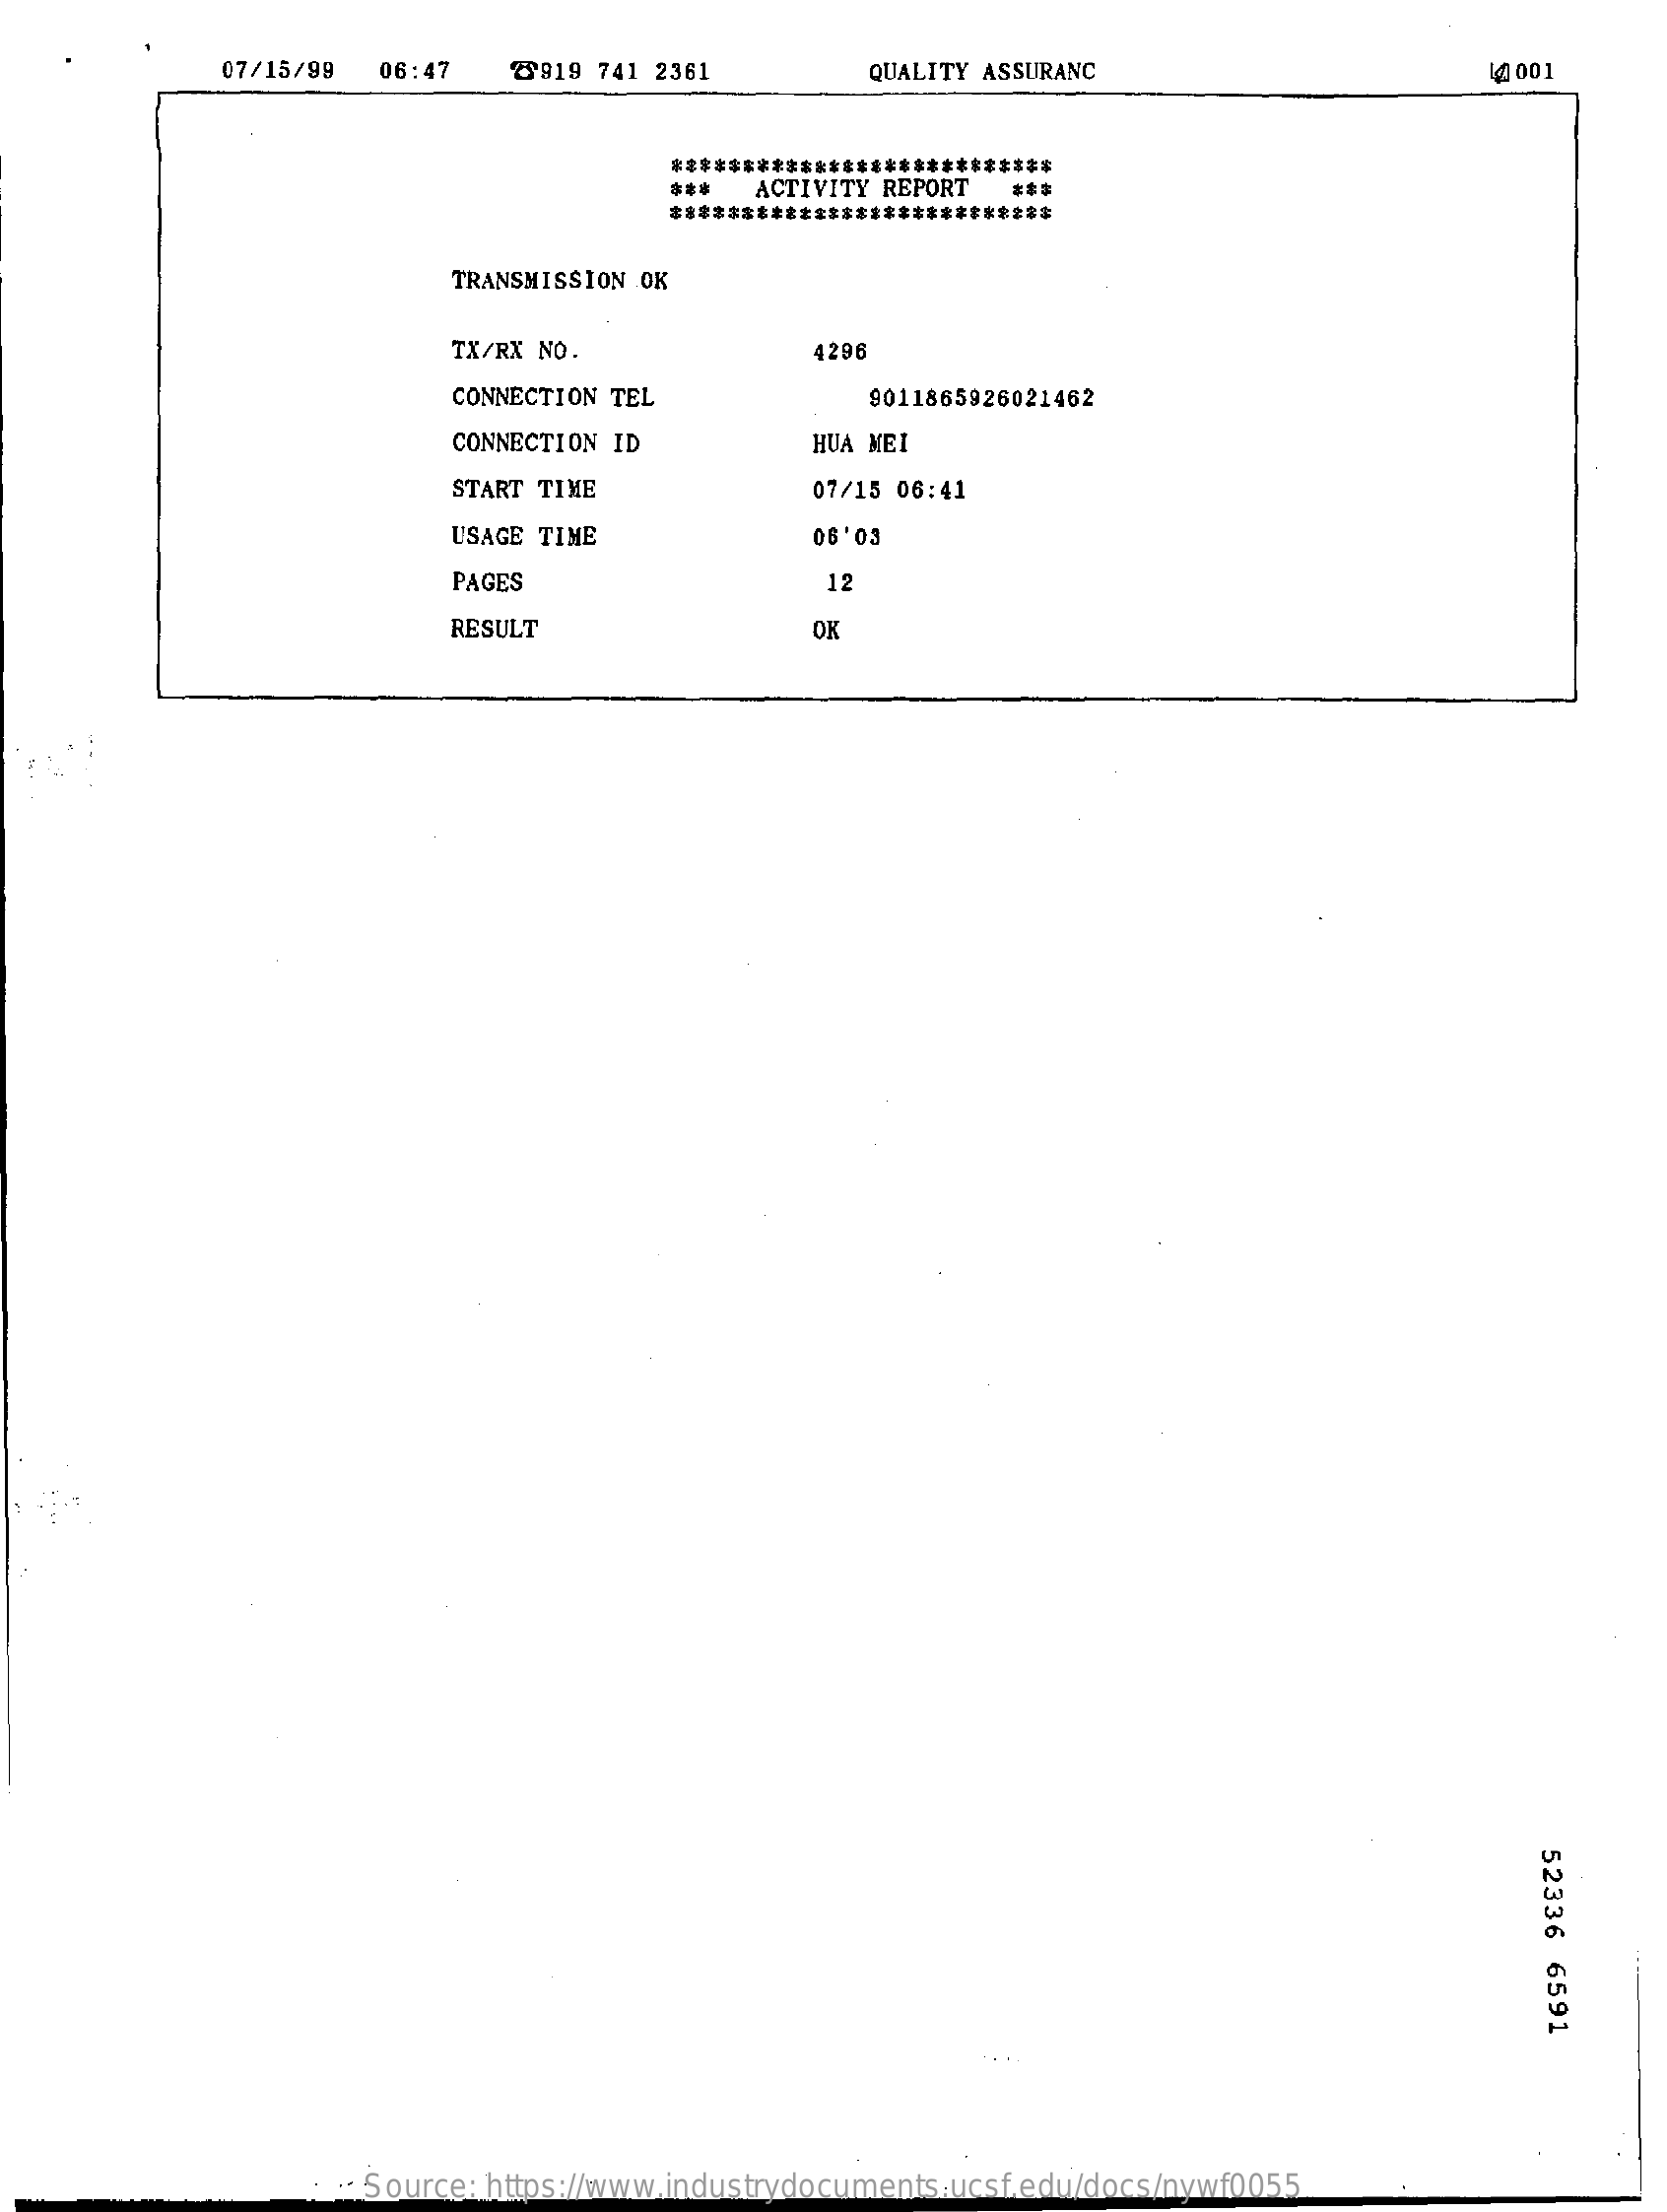
07/15/99  06:47    2919 741 2361    QUALITY ASSURANC    44001
     ***************************
     ***  ACTIVITY REPORT
     ***************
     TRANSMISSION OK
     TX/RX NO.    296
     CONNECTION TEL    9011865926021462
     CONNECTION ID    HUA MEI
     START TIME    07/15 06:41
     USAGE TIME    06'03
     PAGES    12
     RESULT    OK
     52336
     6591
     Source: https://www.industrydocuments.ucsf.edu/docs/nywf0055